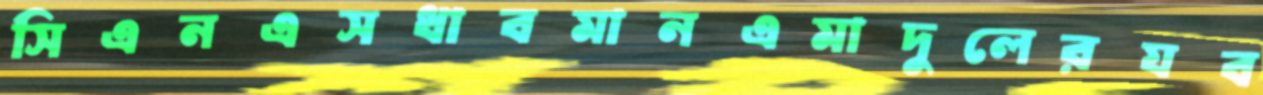
সিএনএসধাবমানএমাদুলেরযব